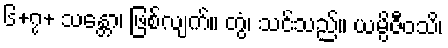
၆+၇+ သန္တော၊ ဖြစ်လျက်။ တွံ၊ သင်သည်။ ယမ္ပိဇီဝသိ၊